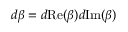
d \beta = d \mathrm { R e } ( \beta ) d \mathrm { I m } ( \beta )